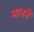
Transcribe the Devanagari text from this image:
माननें